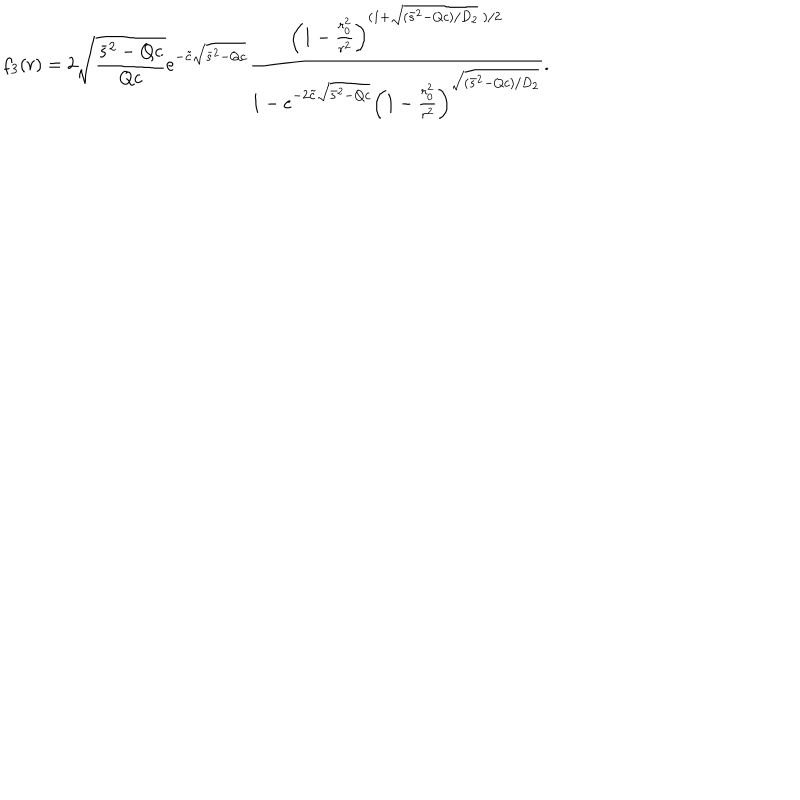
LaTeX: f _ { 3 } ( r ) = 2 \sqrt { \frac { \bar { s } ^ { 2 } - Q c } { Q c } } e ^ { - \tilde { c } \sqrt { \bar { s } ^ { 2 } - Q c } } \frac { \left( 1 - \frac { r _ { 0 } ^ { 2 } } { r ^ { 2 } } \right) ^ { ( 1 + \sqrt { ( \bar { s } ^ { 2 } - Q c ) / D _ { 2 } } \ ) / 2 } } { 1 - e ^ { - 2 \tilde { c } \sqrt { \bar { s } ^ { 2 } - Q c } } \left( 1 - \frac { r _ { 0 } ^ { 2 } } { r ^ { 2 } } \right) ^ { \sqrt { ( \bar { s } ^ { 2 } - Q c ) / D _ { 2 } } } } .